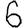
Digit: 6